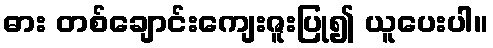
ဓား တစ်ချောင်းကျေးဇူးပြု၍ ယူပေးပါ။